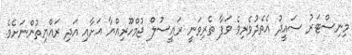
މިނިސްޓަރު ސައީދު އެތެދުވެރިވެ ވަފާ ތެރިވަނީ ރައީސުލް ޖުމްހޫރިއްޔާ އަށާއި އަދި ރައްޔިތުންނަށެވެ.